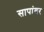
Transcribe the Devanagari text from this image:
सापांवर